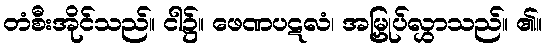
တံစီးအိုင်သည်။ ငါ၌။ ဖေဏပဋလံ၊ အမြှုပ်လွှာသည်။ ၏။